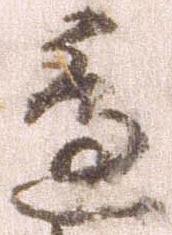
辺